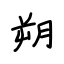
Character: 朔